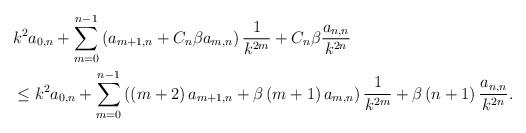
LaTeX: \begin{align*}& k^{2}a_{0,n}+{\displaystyle\sum\limits_{m=0}^{n-1}}\left( a_{m+1,n}+C_{n}\beta a_{m,n}\right) \dfrac{1}{k^{2m}}+C_{n}\beta\dfrac{a_{n,n}}{k^{2n}}\\& \leq k^{2}a_{0,n}+{\displaystyle\sum\limits_{m=0}^{n-1}}\left( \left( m+2\right) a_{m+1,n}+\beta\left( m+1\right) a_{m,n}\right)\dfrac{1}{k^{2m}}+\beta\left( n+1\right) \dfrac{a_{n,n}}{k^{2n}}.\end{align*}